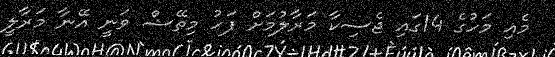
މެއި މަހުގެ 14ގައި ޖެސިކާ މަރާލުމަށް ފަހު މިތޭޝް ވަނީ އޭނާ މަރާލީ